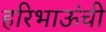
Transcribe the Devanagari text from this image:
हरिभाऊंची